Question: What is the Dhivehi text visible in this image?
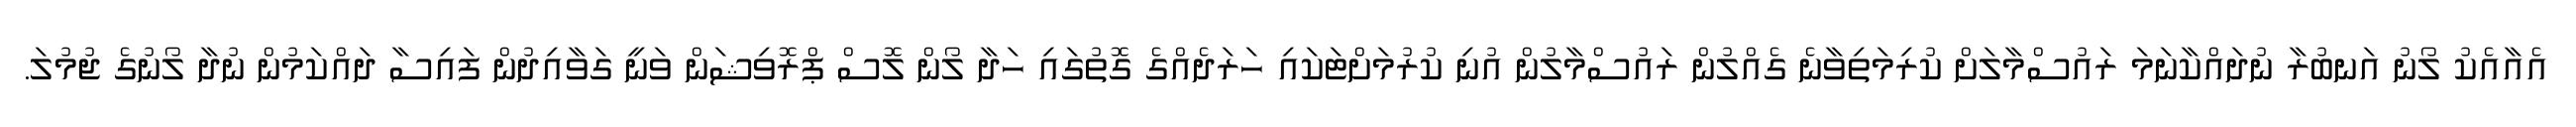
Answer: އެއާއެކު ލޯނު އަނބުރާ ނުދައްކާނަމަ ރައުސްމާލަށް ކުރިމަތިވާނެ ގެއްލުން ރައުސްމާލުން އުނި ކުރުމަށްޓަކައި ހަރަދެއްގެ ގޮތުގައި ހަދާ ލޯން ލޮސް ޕްރޮވިޝަން ވަނީ ގަވާއިދުން ފައިސާ ދައްކަމުން ނުދާ ލޯނުގެ ޖުމުލަ.